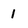
Character: 1